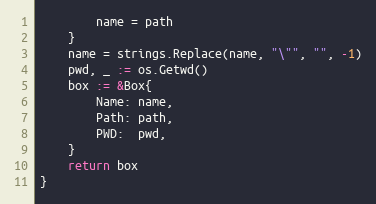
Language: Go
		name = path
	}
	name = strings.Replace(name, "\"", "", -1)
	pwd, _ := os.Getwd()
	box := &Box{
		Name: name,
		Path: path,
		PWD:  pwd,
	}
	return box
}